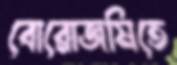
বোরোজমিতে